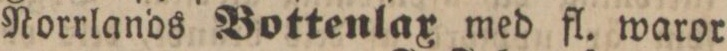
Norrlands Bottenlax med fl. waror